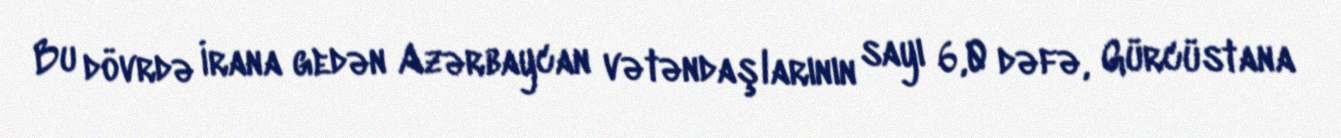
Bu dövrdə İrana gedən Azərbaycan vətəndaşlarının sayı 6,0 dəfə, Gürcüstana